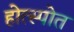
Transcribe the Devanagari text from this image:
होत्स्पोत